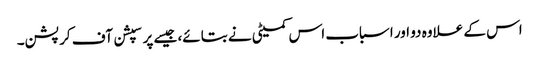
اس کے علاوہ دو اور اسباب اس کمیٹی نے بتائے، جیسے پرسپشن آف کرپشن۔